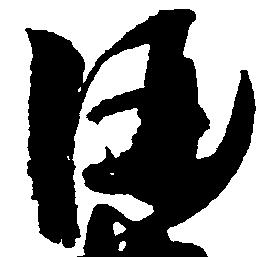
酒